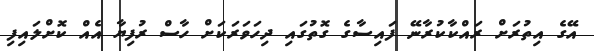
އޭގެ އިތުރަށް ރައްކާކުރާނޭ ފައިސާގެ ގޮތުގައި ދިހަވަރަކަށް ހާސް ރުފިޔާ އެއް ކޮށްލައިފި